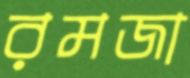
রমজা